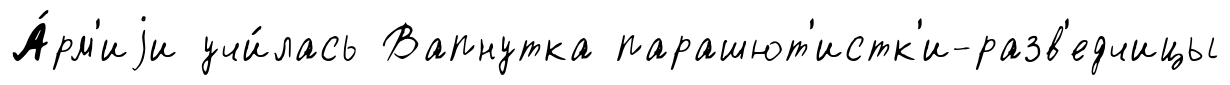
А́рм'иjи учи́лась Вапнутка парашют'истк'и-разв'едчицы